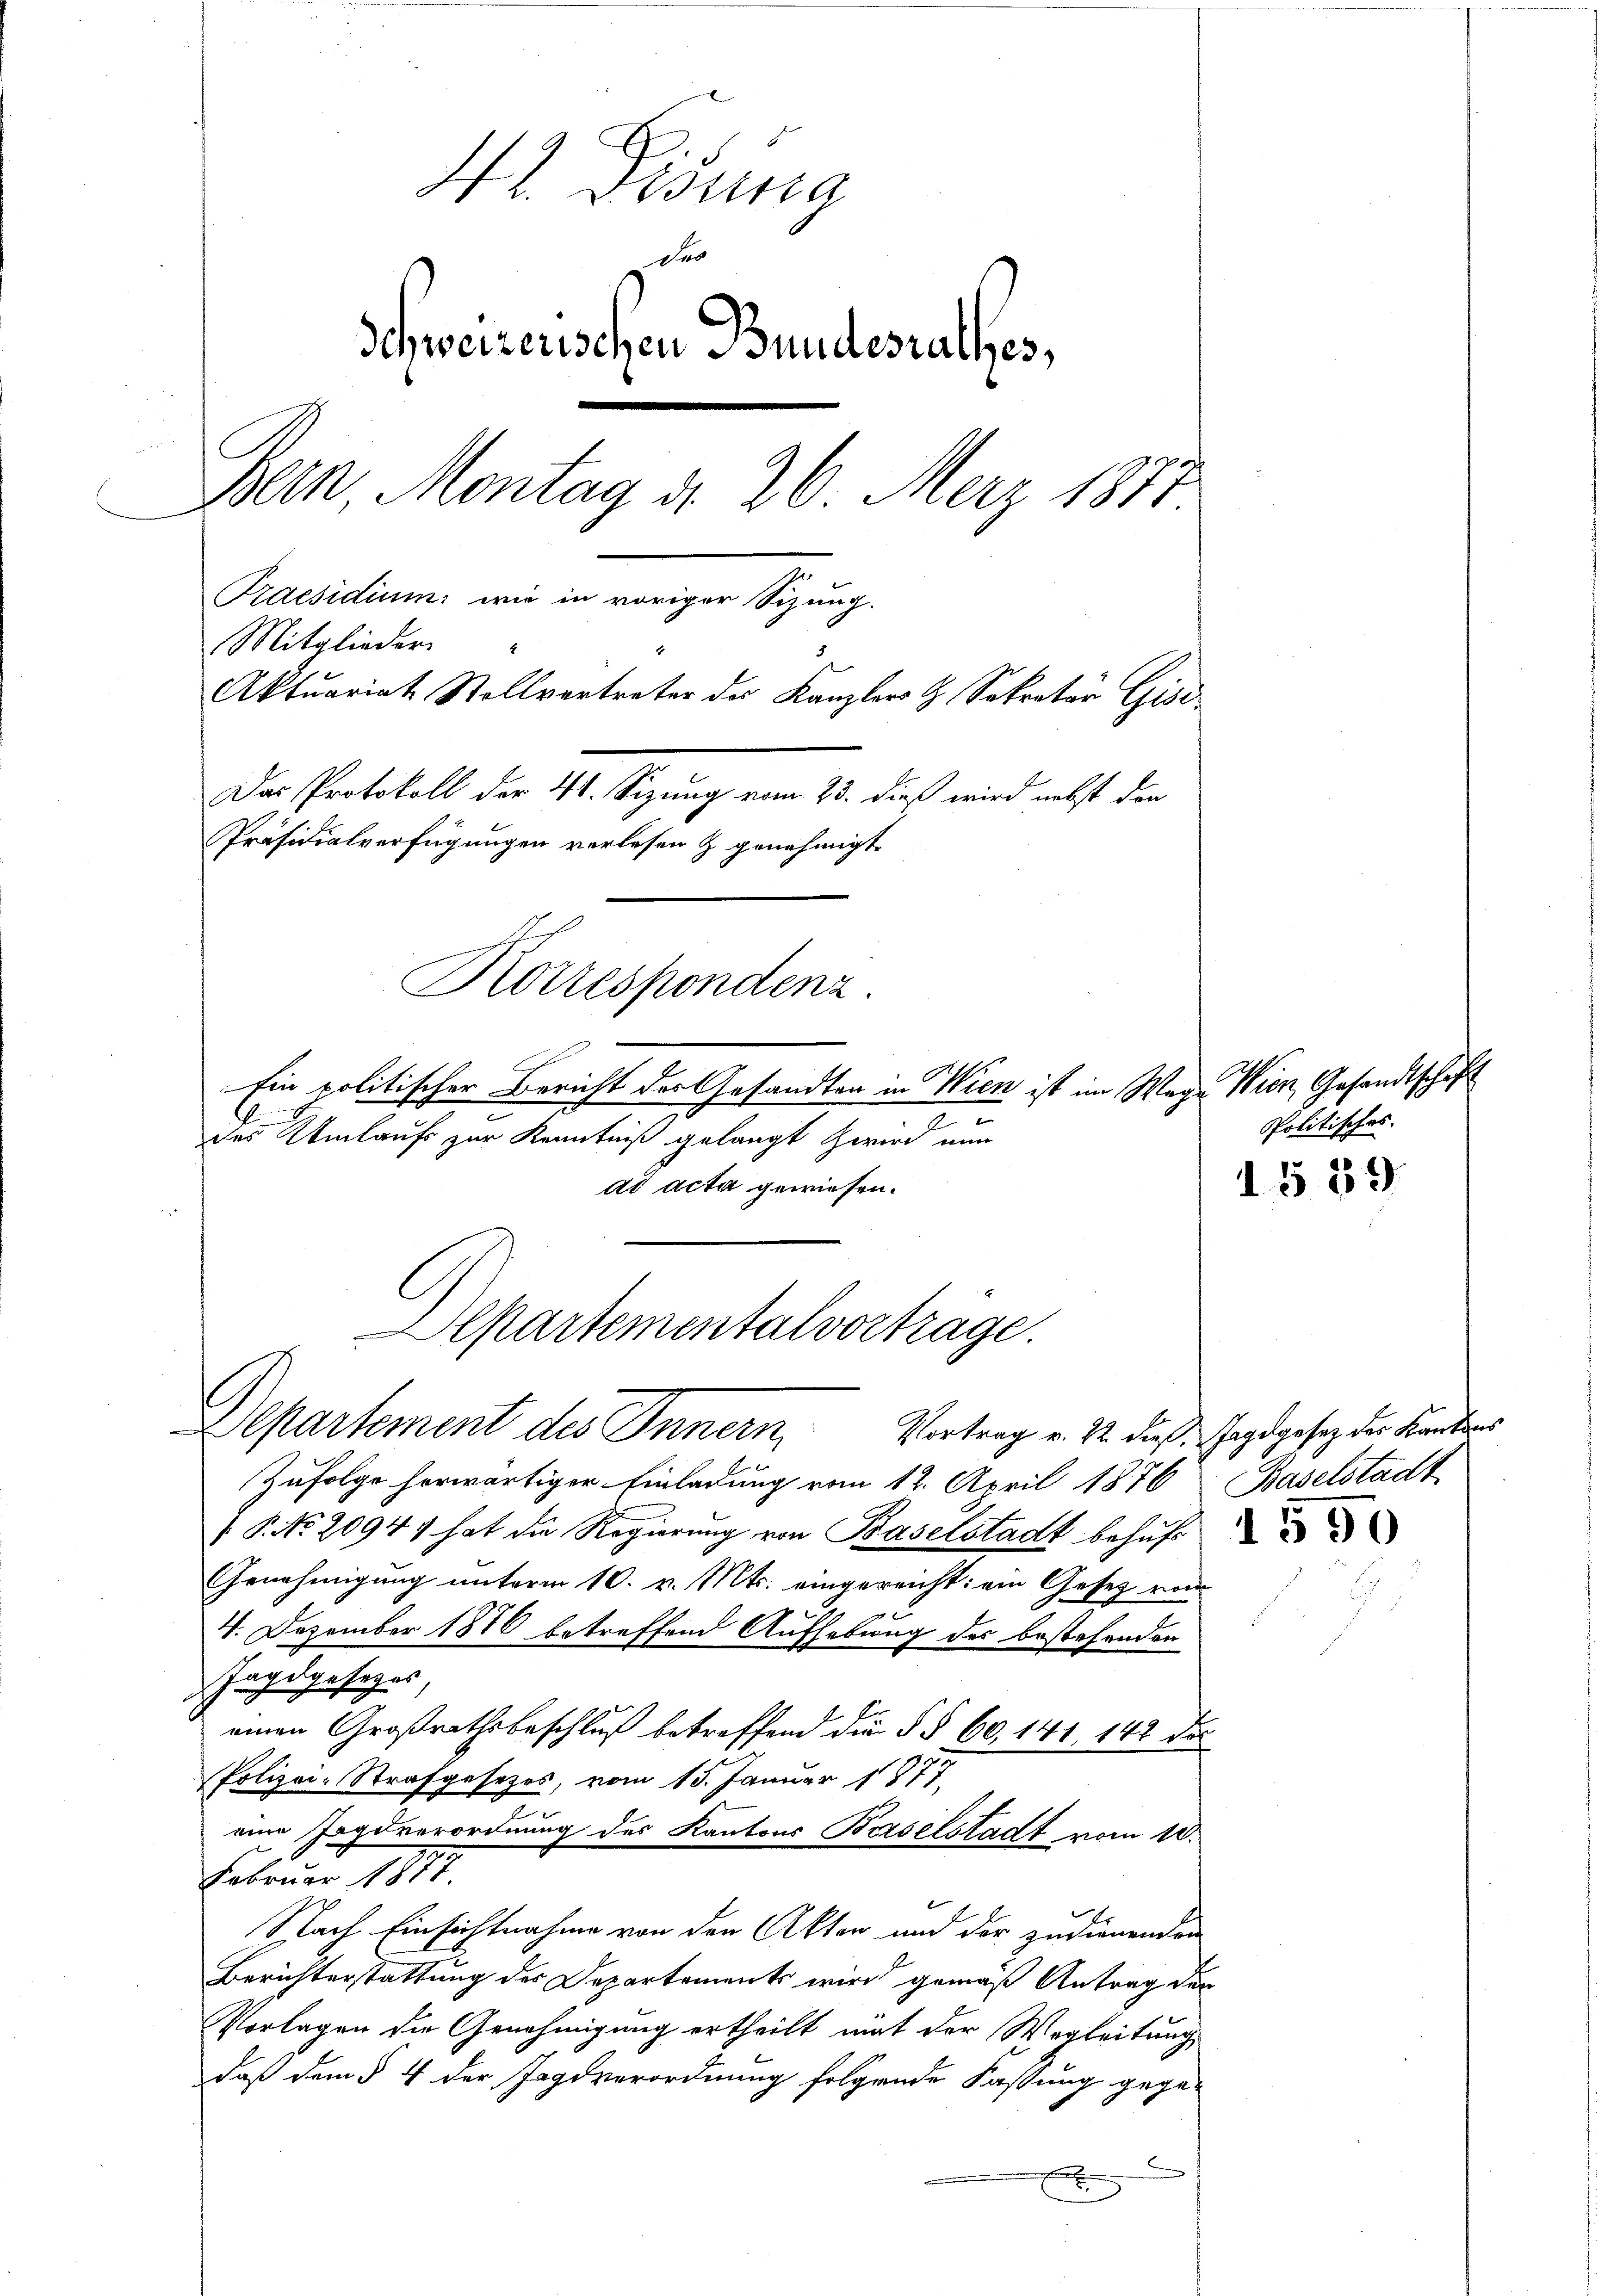
Korrespondenz.

42. Visung
Der
Schweizerischen Bundesrathes,
Bern, Montag d. 26. Merz 1871
Praesidium: wie in voriger Sizung.
Mitglieder
Aktuariat Stollvertreter des Kanzlers H. Sekretär Gisi
Das Protokoll der 41. Sizung vom 23. dieß wird nebst den
Präsidialverfügungen verlesen & genehmigt.

Ein politischer Bericht der Gesandten in Wien ist im Wege Wien, Gesandtschaft
des Umlaufs zur Kenntniß gelangt zwird nun
ad acta gewiesen.
Separtementalvortrage.

Politisches.
1559

Departement des Innern, Vortrag v. 22. dieß Jagdgesetz der Kantons
Zufolge herwärtiger Einladung vom 12. April 1876, Baselstadt
/. P. No. 2094 hat die Regierung von Baselstadt behufe
Genehmigung unterm 10. v. Mts. eingereicht: ein Gesetz vom
4. Dezember 1876 betreffend Aufhebung des bestehenden
Jagdgesetzes
einen Großrathsbeschluß betreffend die §§ 60, 141, 142 des
Polizei-Strafgesetzes, vom 15. Januar 1877.
eine Jagdverordnung des Kantons Baselstadt vom 10.
Februar 1877.
Nach Einsichtnahme von den Akten und der zudienenden
Berichterstattung des Departements wird gemäß Antrag der
Vorlagen die Genehmigung ertheilt mit der Wegleitung
daß dem § 4 der Jagdverordnung folgende Fassung gege-
x
x